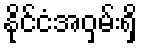
နိုင်ငံအဝှမ်းရှိ